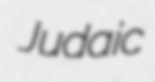
Judaic